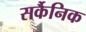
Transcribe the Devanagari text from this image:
सर्कैनिक